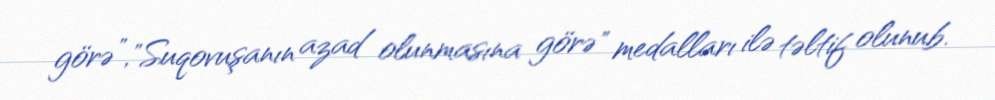
görə”,"Suqovuşanın azad olunmasına görə" medalları ilə təltif olunub.